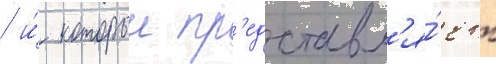
/ и́ которыи пр'едставл'я́ет